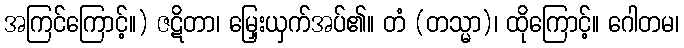
အကြင်ကြောင့်။) ဇဋိတာ၊ မြှေးယှက်အပ်၏။ တံ (တသ္မာ)၊ ထိုကြောင့်။ ဂေါတမ၊